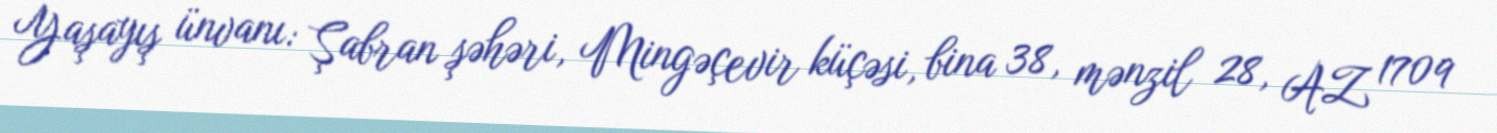
Yaşayış ünvanı: Şabran şəhəri, Mingəçevir küçəsi, bina 38, mənzil 28, AZ 1709